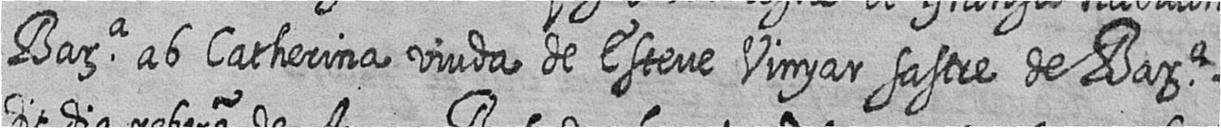
Bara ab Catherina viuda de Esteve Vinyar sastre de Bara